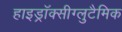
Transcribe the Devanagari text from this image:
हाइड्रॉक्सीग्लुटैमिक